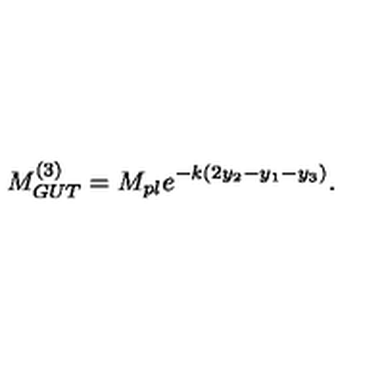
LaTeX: M _ { G U T } ^ { ( 3 ) } = M _ { p l } e ^ { - k ( 2 y _ { 2 } - y _ { 1 } - y _ { 3 } ) } . \,